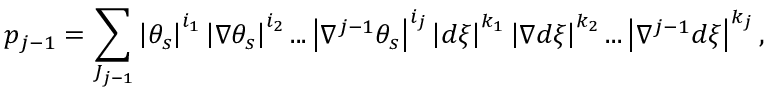
p _ { j - 1 } = \sum _ { J _ { j - 1 } } \left\vert \theta _ { s } \right\vert ^ { i _ { 1 } } \left\vert \nabla \theta _ { s } \right\vert ^ { i _ { 2 } } . . . \left\vert \nabla ^ { j - 1 } \theta _ { s } \right\vert ^ { i _ { j } } \left\vert d \xi \right\vert ^ { k _ { 1 } } \left\vert \nabla d \xi \right\vert ^ { k _ { 2 } } . . . \left\vert \nabla ^ { j - 1 } d \xi \right\vert ^ { k _ { j } } ,